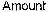
AMOUNT